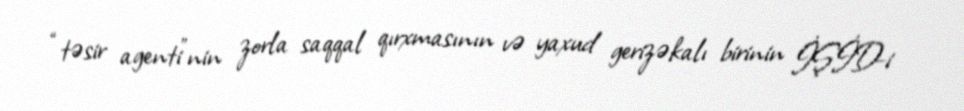
“təsir agenti”nin zorla saqqal qırxmasının və yaxud gerizəkalı birinin İŞİD-i